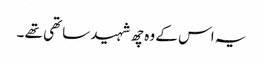
یہ اس کے وہ چھ شہید ساتھی تھے ۔